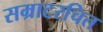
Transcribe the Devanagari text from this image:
सम्राटरचित